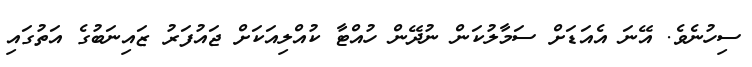
ސިހުނެވެ. އޭނަ އެއަޑަށް ސަމާލުކަން ނުދޭން ހުއްޓާ ކުއްލިއަކަށް ޖައުފަރު ޒައިނަބުގެ އަތުގައި